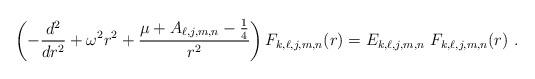
LaTeX: \begin{align*}\left( -\frac{d^{2}}{dr^{2}}+\omega ^{2}r^{2}+\frac{\mu +A_{\ell,j,m,n}-\frac{1}{4}}{r^{2}}\right) F_{k,\ell,j,m,n}(r)=E_{k,\ell,j,m,n}\ F_{k,\ell,j,m,n}(r) \ . \end{align*}